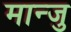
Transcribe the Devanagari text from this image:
मान्जु